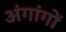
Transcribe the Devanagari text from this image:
अंगांगों